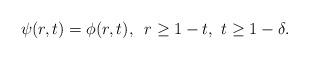
LaTeX: \begin{align*}\psi(r,t)=\phi(r,t),\,\,\,r\ge 1-t,\,\,t\ge 1-\delta.\end{align*}